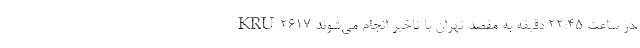
KRU۲۶۱۷ در ساعت ۲۲:۴۵ دقیقه به مقصد تهران با تاخیر انجام می‌شوند.